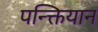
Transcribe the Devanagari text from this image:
पन्क्तियान